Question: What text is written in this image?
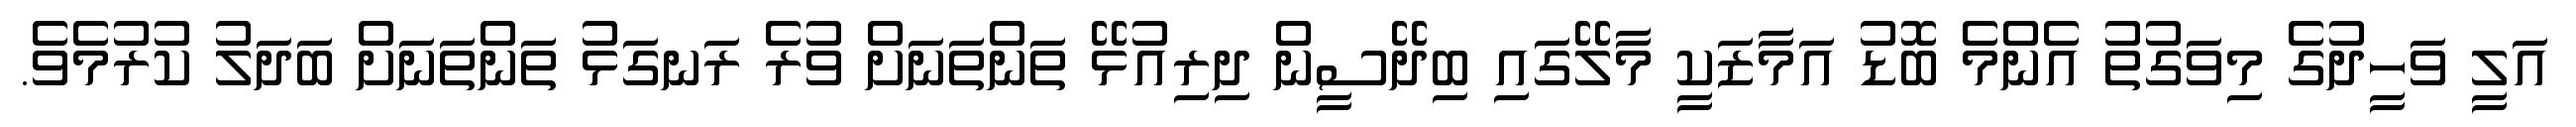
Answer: އަލީ ވަހީދުގެ މިވަގުތު އެންމެ ބޮޑު އަމާޒަކީ މާލޭގައި ބިދޭސީން ދިރިއުޅޭ ތަންތަނަށް ވުރެ ރަނގަޅު ތަންތަނަށް ބަދަލު ކުރުމެވެ.